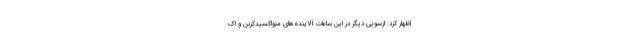
اظهار کرد: ازسویی دیگر در این ساعات آلاینده‌های منواکسیدکربن و اک